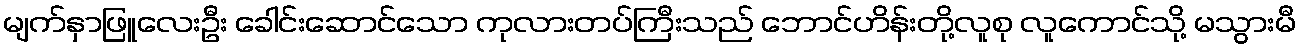
မျက်နှာဖြူလေးဦး ခေါင်းဆောင်သော ကုလားတပ်ကြီးသည် ဘောင်ဟိန်းတို့လူစု လူကောင်သို့ မသွားမီ